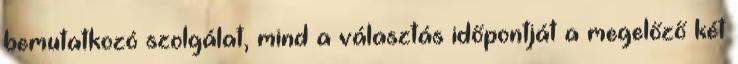
bemutatkozó szolgálat, mind a választás időpontját a megelőző két